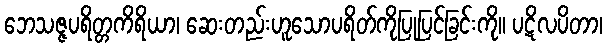
ဘေသဇ္ဇပရိတ္တကိရိယာ၊ ဆေးတည်းဟူသောပရိတ်ကိုပြုပြင်ခြင်းကို။ ပဋိလပိတာ၊